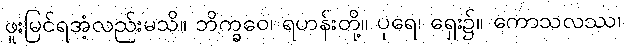
ဖူးမြင်ရအံ့လည်းမသိ။ ဘိက္ခဝေ၊ ရဟန်းတို့။ ပုရေ၊ ရှေး၌။ ကောသလဿ၊